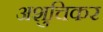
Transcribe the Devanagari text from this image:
अशुचिकर